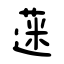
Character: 蒾